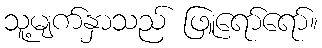
သူ့မျက်နှာသည် ဖြူရော်ရော်။